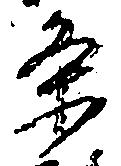
条